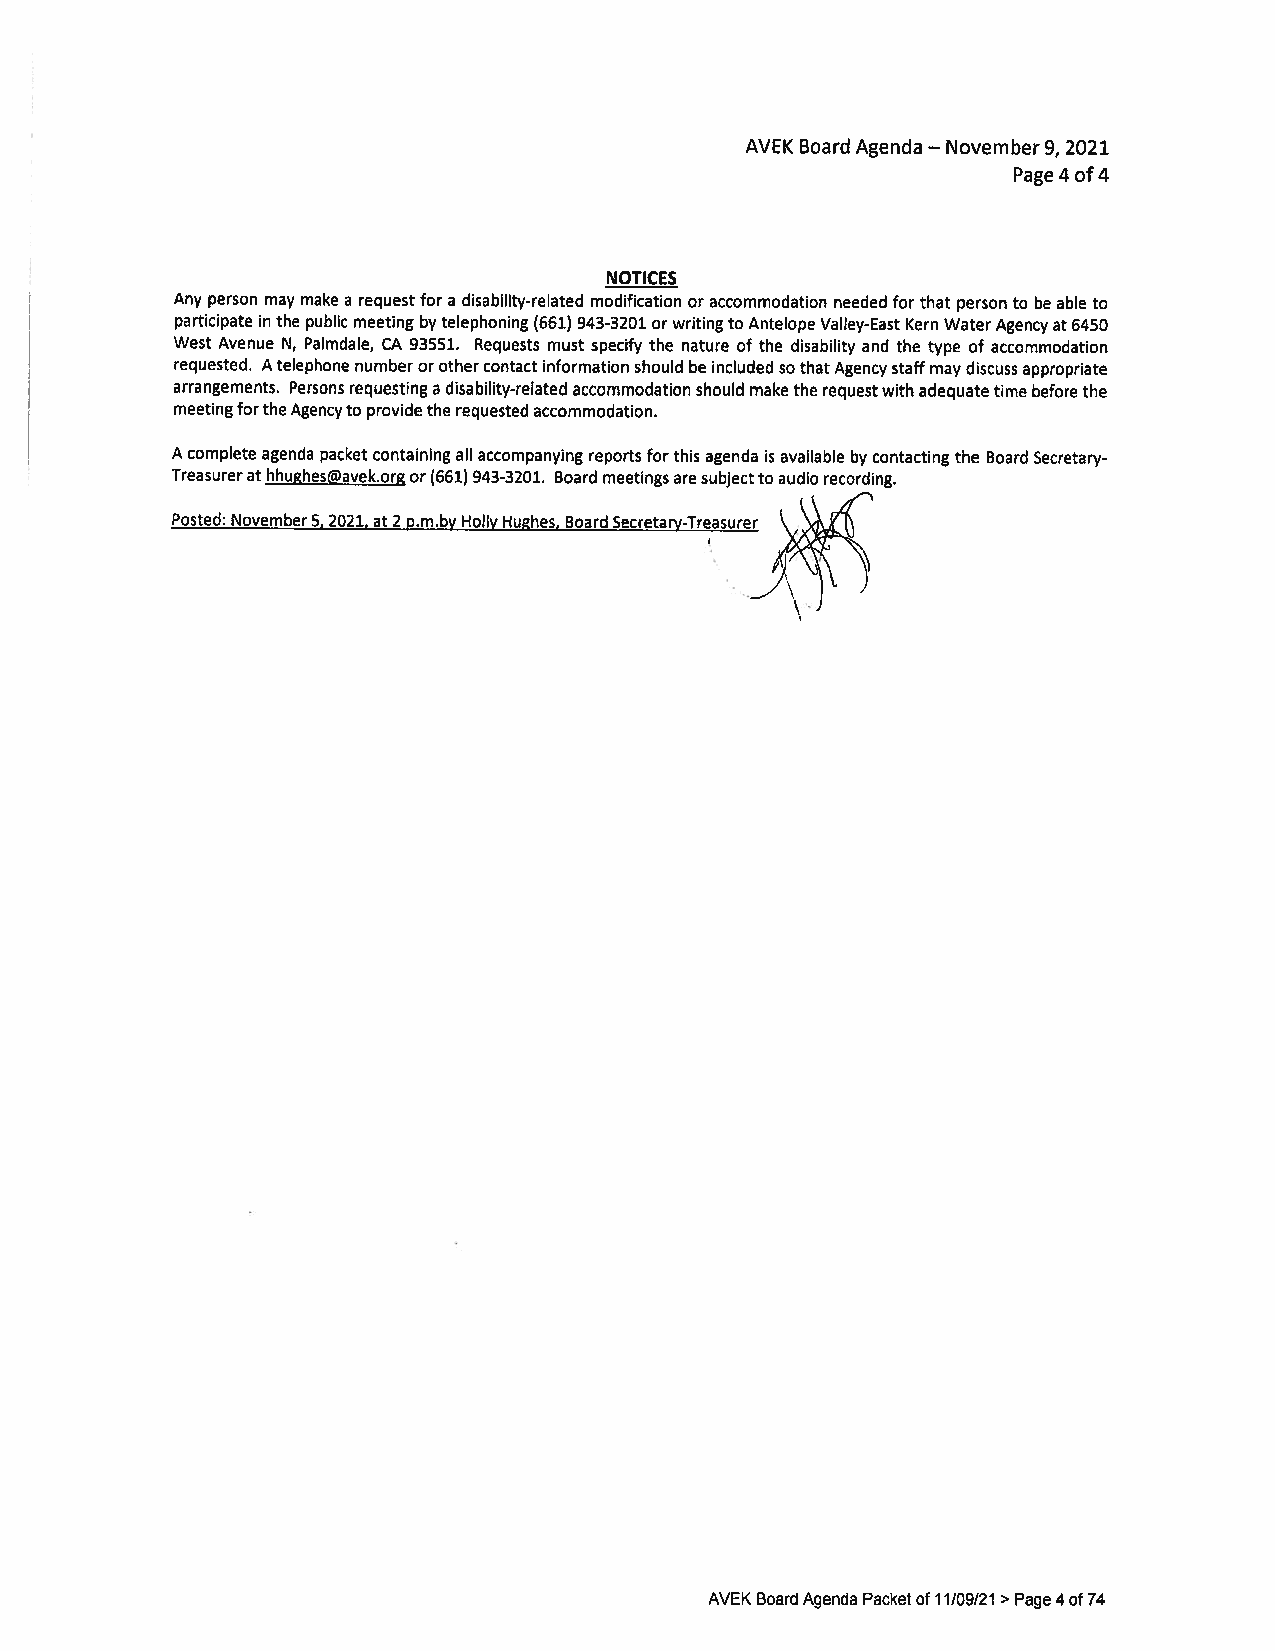
AVEK Board Agenda November9, 2021
 —
 Page 4 of4
 NOTICES
 Any person may make a requestfor a disability-related modification or accommodation needed for that person to be able to
 participate in the public meeting bytelephoning (661) 943-3201 orwritingto Antelope Valley-East Kern WaterAgencyat6450
 West Avenue N, Palmdale, CA 93551. Requests must specify the nature of the disability and the type of accommodation
 requested. Atelephone number orothercontactinformation should be included sothatAgencystaffmay discussappropriate
 arrangements. Personsrequesting a disability-relatedaccommodation shouldmakethe requestwith adequatetime beforethe
 meetingfortheAgencyto providethe requestedaccommodation.
 A complete agenda packet containingallaccompanying reports forthis agenda is available by contactingthe Board Secretary
 Treasurerathhughes@avek.orgor(661) 943-3201. Board meetingsaresubjectto audio recording.
 Posted: November5,2021, at2 p.m.byHollyHughes, BoardSecretary-Treasurer
 AVEKBoardAgendaPacketof11/09/21 > Page4of74